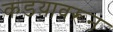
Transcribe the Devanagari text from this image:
कडय़ावरून